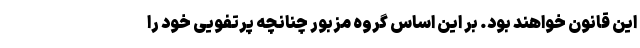
این قانون خواهند بود. بر این اساس گروه مزبور چنانچه پرتفویی خود را